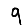
Digit: 9